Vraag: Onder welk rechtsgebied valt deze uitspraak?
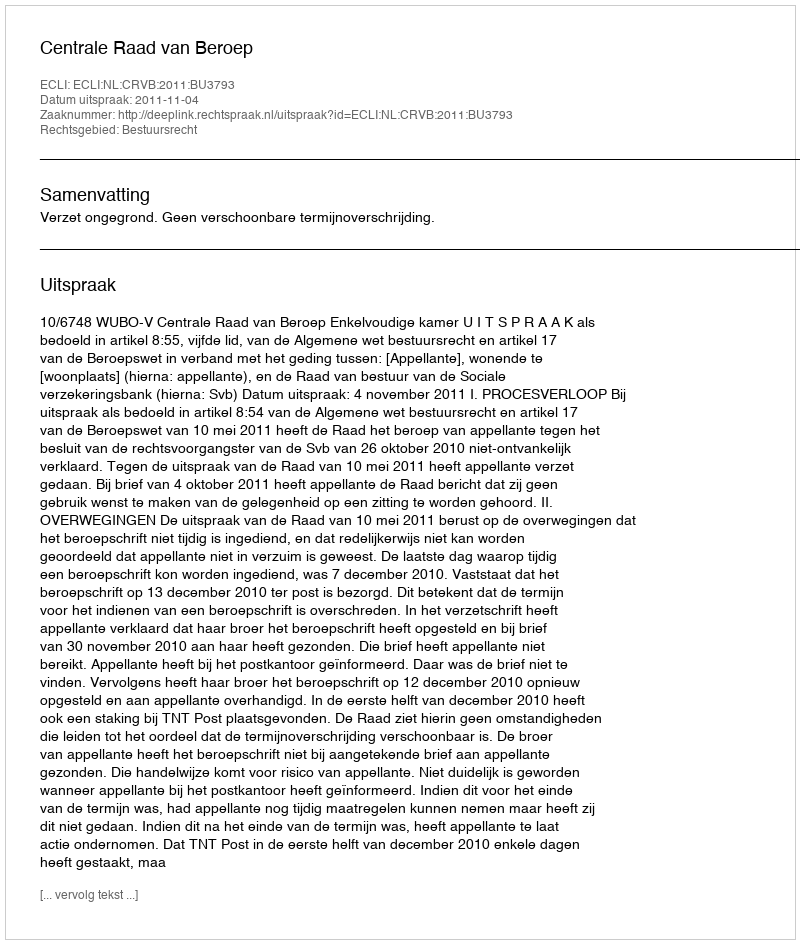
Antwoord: Bestuursrecht